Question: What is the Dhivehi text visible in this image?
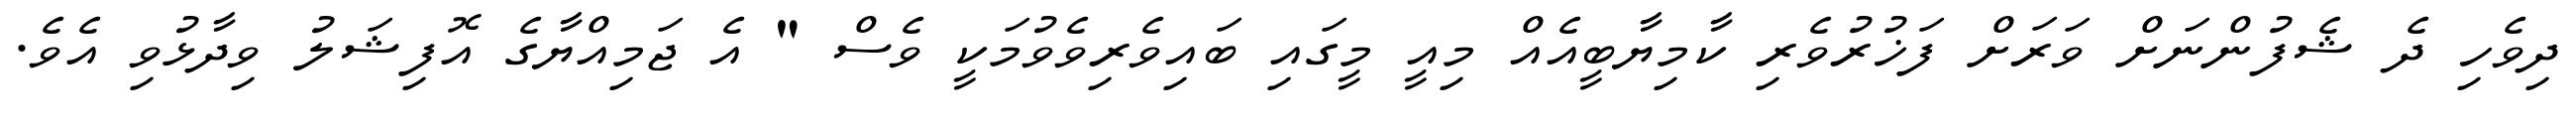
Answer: ދިވެހި ދެ ޝެފުންނަށް ވަރަށް ފަޚުރުވެރި ކާމިޔާބީއެއް މިއީ މީގައި ބައިވެރިވެވުމަކީ ވެސް " އެ ޖަމިއްޔާގެ އޮފިޝަލު ވިދާޅުވި އެވެ.